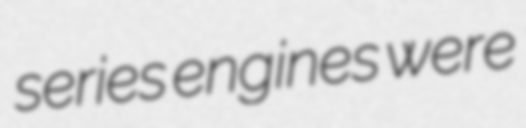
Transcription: series engines were